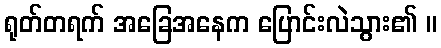
ရုတ်တရက် အခြေအနေက ပြောင်းလဲသွား၏ ။